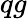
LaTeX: qg